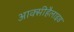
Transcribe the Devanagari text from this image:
आक्सीहैलाइड